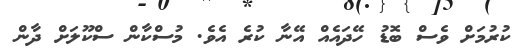
ކުރުމަށް ވެސް ބޮޑު ހޭދައެއް އޭނާ ކުރެ އެވެ. މުސްކާން ސްކޫލަށް ދާން